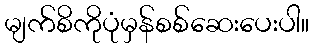
မျက်စိကိုပုံမှန်စစ်ဆေးပေးပါ။